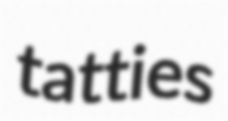
tatties